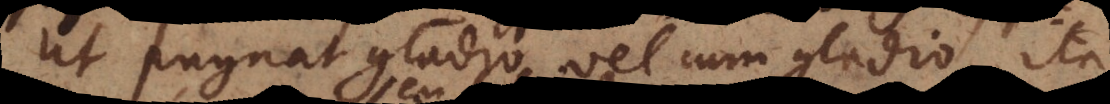
Ut pugnat gladio vel cum gladio ita